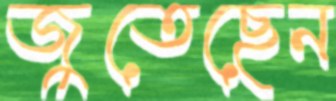
জুতেছেন